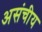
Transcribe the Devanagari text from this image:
असंचीय